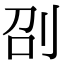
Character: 刟